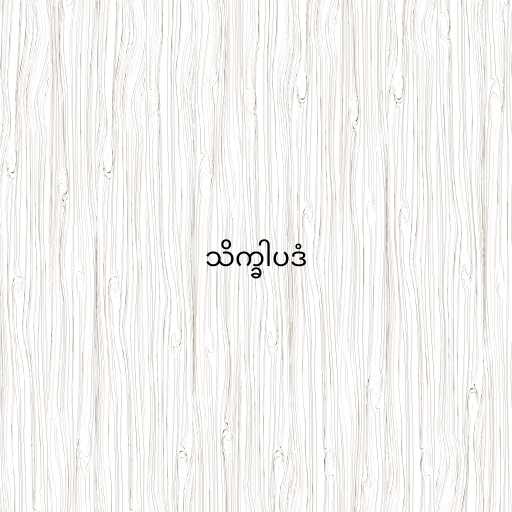
သိက္ခါပဒံ